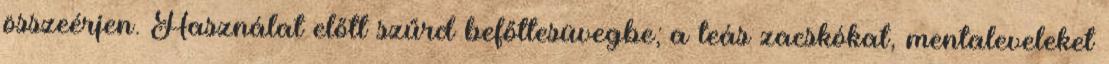
összeérjen. Használat előtt szűrd befőttesüvegbe; a teás zacskókat, mentaleveleket